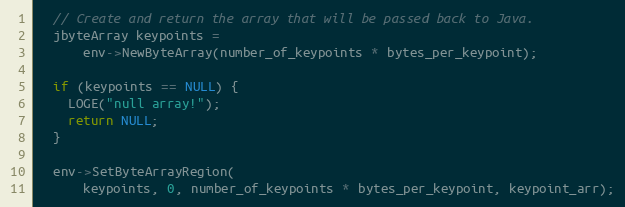
Language: C++
  // Create and return the array that will be passed back to Java.
  jbyteArray keypoints =
      env->NewByteArray(number_of_keypoints * bytes_per_keypoint);

  if (keypoints == NULL) {
    LOGE("null array!");
    return NULL;
  }

  env->SetByteArrayRegion(
      keypoints, 0, number_of_keypoints * bytes_per_keypoint, keypoint_arr);